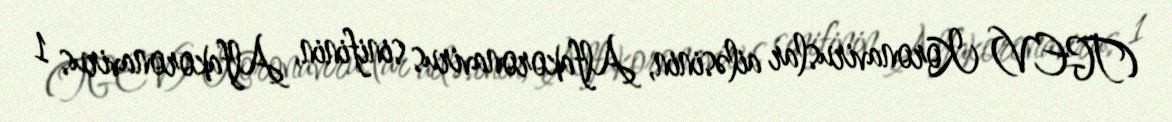
(TGEV) Koronaviruslar ailəsinin, Alfakoronavirus sinifinin, Alfakoronavirus 1